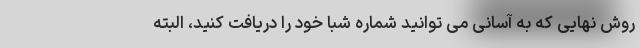
روش نهایی که به آسانی می توانید شماره شبا خود را دریافت کنید، البته